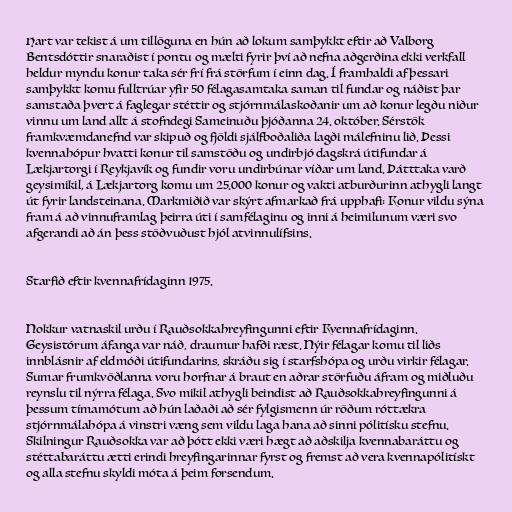
Hart var tekist á um tillöguna en hún að lokum samþykkt eftir að Valborg
Bentsdóttir snaraðist í pontu og mælti fyrir því að nefna aðgerðina ekki verkfall
heldur myndu konur taka sér frí frá störfum í einn dag. Í framhaldi af þessari
samþykkt komu fulltrúar yfir 50 félagasamtaka saman til fundar og náðist þar
samstaða þvert á faglegar stéttir og stjórnmálaskoðanir um að konur legðu niður
vinnu um land allt á stofndegi Sameinuðu þjóðanna 24. október. Sérstök
framkvæmdanefnd var skipuð og fjöldi sjálfboðaliða lagði málefninu lið. Þessi
kvennahópur hvatti konur til samstöðu og undirbjó dagskrá útifundar á
Lækjartorgi í Reykjavík og fundir voru undirbúnar víðar um land. Þátttaka varð
geysimikil, á Lækjartorg komu um 25.000 konur og vakti atburðurinn athygli langt
út fyrir landsteinana. Markmiðið var skýrt afmarkað frá upphafi: Konur vildu sýna
fram á að vinnuframlag þeirra úti í samfélaginu og inni á heimilunum væri svo
afgerandi að án þess stöðvuðust hjól atvinnulífsins.

Starfið eftir kvennafrídaginn 1975.

Nokkur vatnaskil urðu í Rauðsokkahreyfingunni eftir Kvennafrídaginn.
Geysistórum áfanga var náð, draumur hafði ræst. Nýir félagar komu til liðs
innblásnir af eldmóði útifundarins, skráðu sig í starfshópa og urðu virkir félagar.
Sumar frumkvöðlanna voru horfnar á braut en aðrar störfuðu áfram og miðluðu
reynslu til nýrra félaga. Svo mikil athygli beindist að Rauðsokkahreyfingunni á
þessum tímamótum að hún laðaði að sér fylgismenn úr röðum róttækra
stjórnmálahópa á vinstri væng sem vildu laga hana að sinni pólitísku stefnu.
Skilningur Rauðsokka var að þótt ekki væri hægt að aðskilja kvennabaráttu og
stéttabaráttu ætti erindi hreyfingarinnar fyrst og fremst að vera kvennapólitískt
og alla stefnu skyldi móta á þeim forsendum.